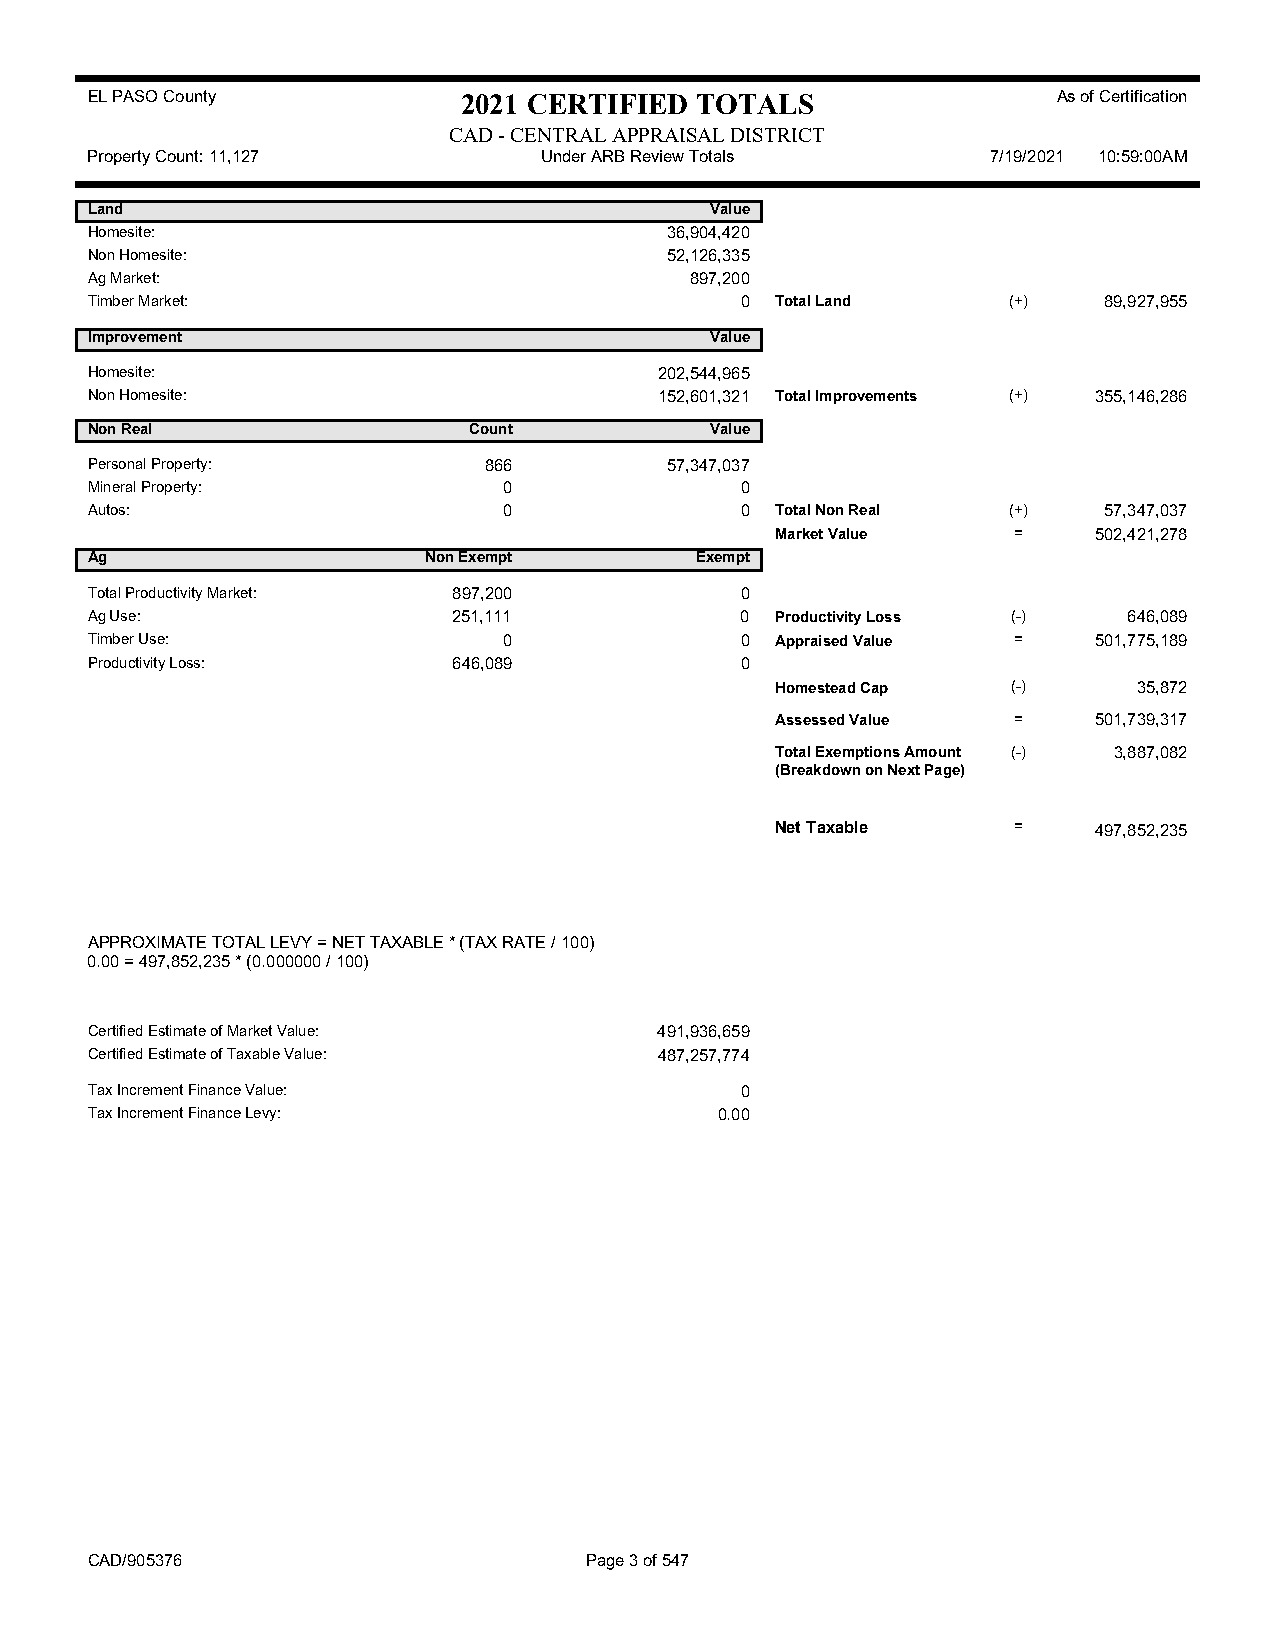
EL PASO County           2021 CERTIFIED TOTALS                  As of Certification
 CAD - CENTRAL APPRAISAL DISTRICT
 Property Count: 11,127        Under ARB Review Totals       7/19/2021 10:59:00AM
 Land                                     Value
 Homesite:                             36,904,420
 Non Homesite:                         52,126,335
 Ag Market:                              897,200
 Timber Market:                             0 Total Land      (+)   89,927,955
 Improvement                              Value
 Homesite:                             202,544,965
 Non Homesite:                         152,601,321 Total Improvements (+) 355,146,286
 Non Real                 Count           Value
 Personal Property:        866         57,347,037
 Mineral Property:          0               0
 Autos:                     0               0 Total Non Real  (+)   57,347,037
 Market Value    =    502,421,278
 Ag                    Non Exempt        Exempt
 Total Productivity Market: 897,200         0
 Ag Use:                 251,111            0 Productivity Loss (-)   646,089
 Timber Use:                0               0 Appraised Value =    501,775,189
 Productivity Loss:      646,089            0
 Homestead Cap   (-)     35,872
 Assessed Value  =    501,739,317
 Total Exemptions Amount (-) 3,887,082
 (Breakdown on Next Page)
 Net Taxable     =    497,852,235
 APPROXIMATE TOTAL LEVY = NET TAXABLE * (TAX RATE / 100)
 0.00 = 497,852,235 * (0.000000 / 100)
 Certified Estimate of Market Value:   491,936,659
 Certified Estimate of Taxable Value:  487,257,774
 Tax Increment Finance Value:               0
 Tax Increment Finance Levy:               0.00
 CAD/905376                       Page 3 of 547